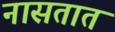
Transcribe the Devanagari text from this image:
नासतात